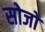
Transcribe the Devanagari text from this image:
सोजो